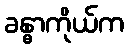
ခန္ဓာကိုယ်က